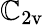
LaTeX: \mathbb{C}_{\mathrm{{2v}}}